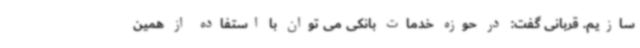
سازیم. قربانی گفت: در حوزه خدمات بانکی می توان با استفاده از همین